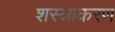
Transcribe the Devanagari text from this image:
शस्त्राकरण